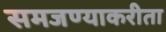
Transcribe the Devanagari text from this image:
समजण्याकरीता